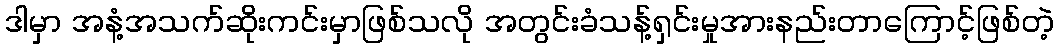
ဒါမှာ အနံ့အသက်ဆိုးကင်းမှာဖြစ်သလို အတွင်းခံသန့်ရှင်းမှုအားနည်းတာကြောင့်ဖြစ်တဲ့